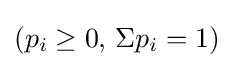
(p_{i}\geq 0,\,\Sigma p_{i}=1)